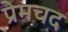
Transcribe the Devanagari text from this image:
प्रेमचद